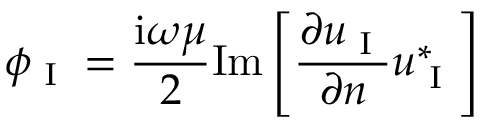
\phi _ { \textup { I } } = \frac { \mathrm { i } \omega \mu } { 2 } \mathrm { I m } \left[ \frac { \partial u _ { \textup { I } } } { \partial n } u _ { \textup { I } } ^ { * } \right]